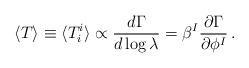
LaTeX: \begin{align*}\langle T \rangle \equiv \langle T^i_i \rangle \propto {d\Gamma \over d \log \lambda}= \beta^I {{\partial\Gamma}\over {\partial\phi^I}} \, .\end{align*}